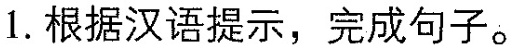
1.根据汉语提示,完成句子。